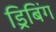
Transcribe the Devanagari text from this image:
ड्रिबिंग